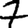
Digit: 7